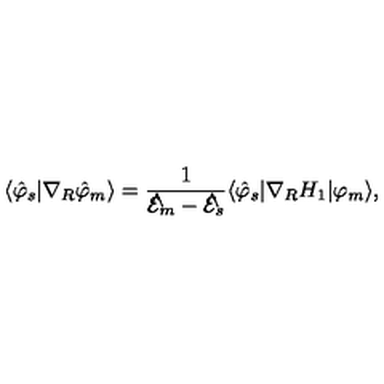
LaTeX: \langle \hat { \varphi } _ { s } | \nabla _ { R } \hat { \varphi } _ { m } \rangle = \frac 1 { { \cal \hat { E } } _ { m } - { \cal \hat { E } } _ { s } } \langle \hat { \varphi } _ { s } | \nabla _ { R } H _ { 1 } | \varphi _ { m } \rangle ,